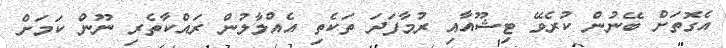
އެގޮތަށް ބޭނުން ކުރެވޭ ޓިޝޫއާއި ރުމާފަދަ ތަކެތި އެއްލާލުން ރައްކާތެރި ނޫން ކަމަށް